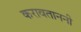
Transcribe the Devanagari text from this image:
करावताननी